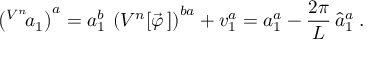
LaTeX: \left( ^ { V ^ { n } } { \! a } _ { 1 } \right) ^ { a } = a _ { 1 } ^ { b } \: \left( V ^ { n } [ \vec { \varphi } \, ] \right) ^ { b a } + v _ { 1 } ^ { a } = a _ { 1 } ^ { a } - \frac { 2 \pi } { L } \, \hat { a } _ { 1 } ^ { a } \; .